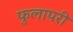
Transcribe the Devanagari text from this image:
फुलापरी